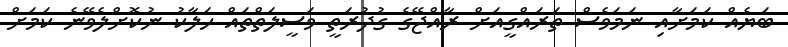
ބަޔެއް ކަމަށާއި ނަމަވެސް ތަރައްގީއަށް ރާއްޖޭގެ ގުދުރަތީ ވަސީލަތްތައް ހަލާކު ނުކޮށްލެވޭނެ ކަމަށް